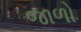
જાળો